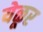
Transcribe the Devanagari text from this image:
येळूर